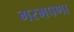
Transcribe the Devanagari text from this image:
गरमपणा